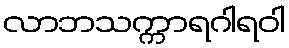
လာဘသက္ကာရဂါရဝါ